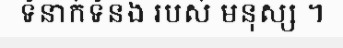
ទំនាក់ទំនង របស់ មនុស្ស ។